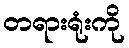
တရားရုံးကို